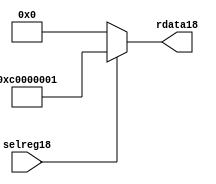
//File18 name   : smc_cfreg_lite18.v
//Title18       : 
//Created18     : 1999
//Description18 : Single18 instance of a config register
//Notes18       : 
//----------------------------------------------------------------------
//   Copyright18 1999-2010 Cadence18 Design18 Systems18, Inc18.
//   All Rights18 Reserved18 Worldwide18
//
//   Licensed18 under the Apache18 License18, Version18 2.0 (the
//   "License18"); you may not use this file except18 in
//   compliance18 with the License18.  You may obtain18 a copy of
//   the License18 at
//
//       http18://www18.apache18.org18/licenses18/LICENSE18-2.0
//
//   Unless18 required18 by applicable18 law18 or agreed18 to in
//   writing, software18 distributed18 under the License18 is
//   distributed18 on an "AS18 IS18" BASIS18, WITHOUT18 WARRANTIES18 OR18
//   CONDITIONS18 OF18 ANY18 KIND18, either18 express18 or implied18.  See
//   the License18 for the specific18 language18 governing18
//   permissions18 and limitations18 under the License18.
//----------------------------------------------------------------------



module smc_cfreg_lite18 (
  // inputs18
  selreg18,

  // outputs18
  rdata18
);


// Inputs18
input         selreg18;               // select18 the register for read/write access

// Outputs18
output [31:0] rdata18;                 // Read data

wire   [31:0] smc_config18;
wire   [31:0] rdata18;


assign rdata18 = ( selreg18 ) ? smc_config18 : 32'b0;
assign smc_config18 =  {1'b1,1'b1,8'h00, 2'b00, 2'b00, 2'b00, 2'b00,2'b00,2'b00,2'b00,8'h01};




endmodule // smc_cfreg18